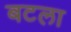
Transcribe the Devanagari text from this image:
बटला